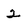
Character: 2